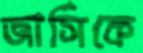
জার্সিকে